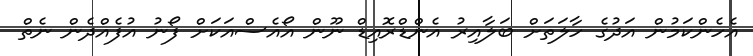
އެހެންކަމުން އަދުގެ ހާލަތަށް ބަލާއިރު އެންޑްރޮއިޑް ނޫން އޯއެސްއަކަށް ފޯނު އުފެއްދެން ނެތް